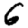
Digit: 6